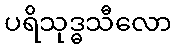
ပရိသုဒ္ဓသီလော